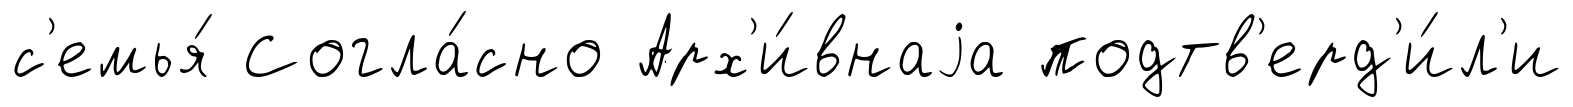
с'емья́ Согла́сно Арх'и́внаjа подтв'ерд'и́л'и